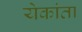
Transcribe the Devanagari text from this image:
येकांता